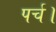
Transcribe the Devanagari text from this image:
पर्च।